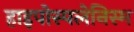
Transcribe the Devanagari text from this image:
हाइपोस्पलेनिस्म